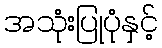
အသုံးပြုပုံနှင့်